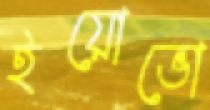
ইয়োভো